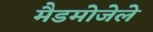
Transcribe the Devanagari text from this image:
मैडमोजेले